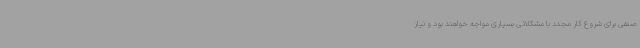
‌صنفی برای شروع کار مجدد با مشکلاتی بسیاری مواجه خواهند بود و نیاز